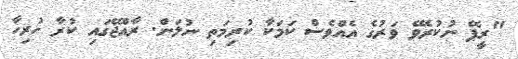
"ރީޕޭ ނުކުރެވޭ ވަރުގެ އެއްވެސް ކަމަކާ ކުރިމަތި ނުލަން. ރާއްޖޭގައި ކުރާ ހުރިހާ